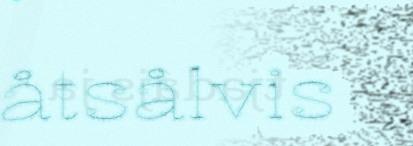
åtsålvis